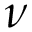
\nu